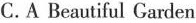
C.A Beautiful Garden